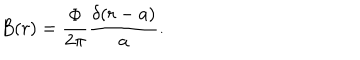
B ( r ) = \displaystyle \frac { \Phi } { 2 \pi } \displaystyle \frac { \delta ( r - a ) } { a } .